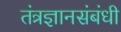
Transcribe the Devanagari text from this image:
तंत्रज्ञानसंबंधी